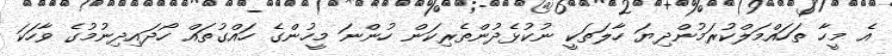
އެ މީހާ ތަހައްމަލްކުރަމުންދިޔަ ހާލަތަކީ ނުކުޅެދުންތެރިކަން ހުންނަ މީހުންގެ ހައްގުތައް ހޯދައިދިނުމުގެ ވާހަކަ